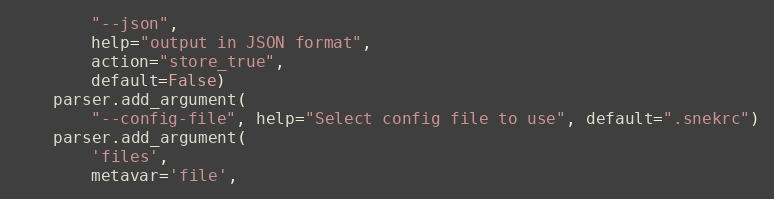
Language: Python
        "--json",
        help="output in JSON format",
        action="store_true",
        default=False)
    parser.add_argument(
        "--config-file", help="Select config file to use", default=".snekrc")
    parser.add_argument(
        'files',
        metavar='file',